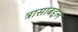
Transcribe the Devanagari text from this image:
त्रासाबद्दल